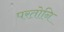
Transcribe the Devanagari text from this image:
परतोनि